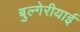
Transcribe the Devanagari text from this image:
बुल्गेरीयाई